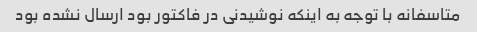
متاسفانه با توجه به اینکه نوشیدنی در فاکتور بود ارسال نشده بود